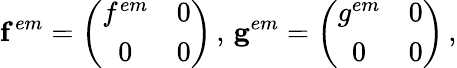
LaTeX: \mathbf{f}^{em}=\left(\begin{array}{cc}{{f^{em}}}&{{0}}\\ {{0}}&{{0}}\end{array}\right)\, ,\, \mathbf{g}^{em}=\left(\begin{array}{cc}{{g^{em}}}&{{0}}\\ {{0}}&{{0}}\end{array}\right)\, ,